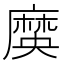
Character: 𪎞